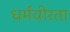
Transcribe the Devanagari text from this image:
धर्मवीरता